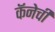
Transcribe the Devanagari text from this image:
कॅनेची